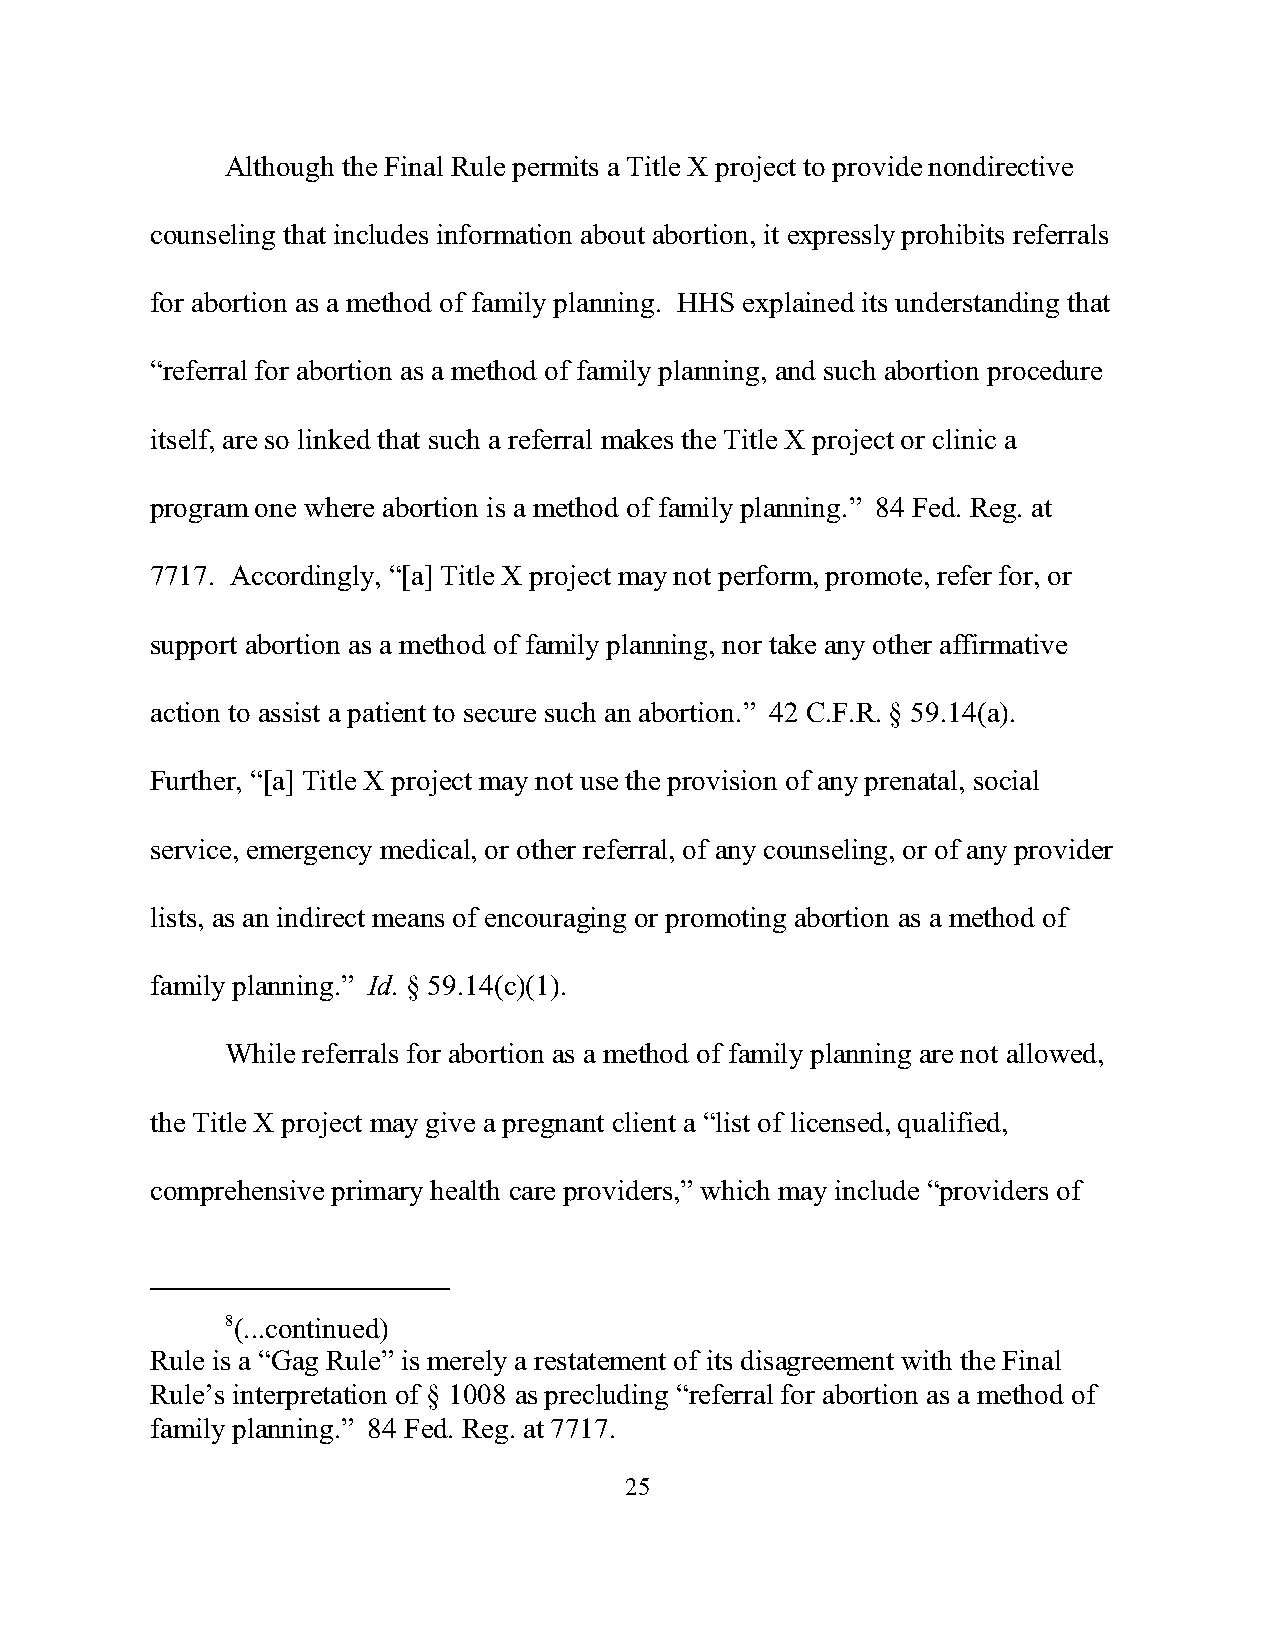
Although the Final Rule permits a Title X project to provide nondirective
 counseling that includes information about abortion, it expressly prohibits referrals
 for abortion as a method of family planning. HHS explained its understanding that
 “referral for abortion as a method of family planning, and such abortion procedure
 itself, are so linked that such a referral makes the Title X project or clinic a
 program one where abortion is a method of family planning.” 84 Fed. Reg. at
 7717. Accordingly, “[a] Title X project may not perform, promote, refer for, or
 support abortion as a method of family planning, nor take any other affirmative
 action to assist a patient to secure such an abortion.” 42 C.F.R. § 59.14(a).
 Further, “[a] Title X project may not use the provision of any prenatal, social
 service, emergency medical, or other referral, of any counseling, or of any provider
 lists, as an indirect means of encouraging or promoting abortion as a method of
 family planning.” Id. § 59.14(c)(1).
 While referrals for abortion as a method of family planning are not allowed,
 the Title X project may give a pregnant client a “list of licensed, qualified,
 comprehensive primary health care providers,” which may include “providers of
 8(...continued)
 Rule is a “Gag Rule” is merely a restatement of its disagreement with the Final
 Rule’s interpretation of § 1008 as precluding “referral for abortion as a method of
 family planning.” 84 Fed. Reg. at 7717.
 25